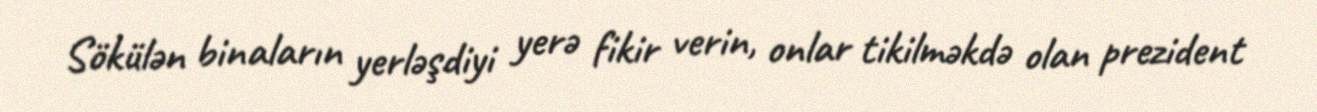
Sökülən binaların yerləşdiyi yerə fikir verin, onlar tikilməkdə olan prezident